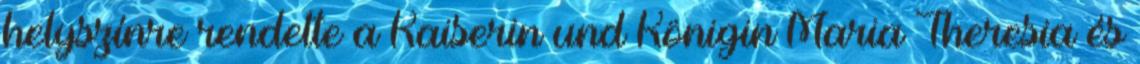
helyszínre rendelte a Kaiserin und Königin Maria Theresia és